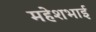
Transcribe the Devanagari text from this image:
महेशभाई